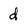
Character: d